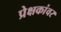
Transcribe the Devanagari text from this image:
प्रेक्षकांवर